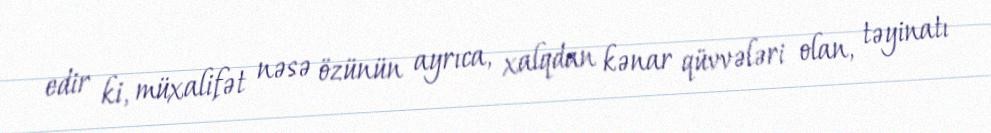
edir ki, müxalifət nəsə özünün ayrıca, xalqdan kənar qüvvələri olan, təyinatı